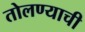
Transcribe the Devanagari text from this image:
तोलण्याची